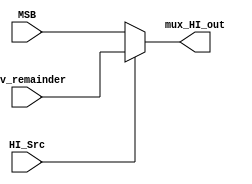
module mux_HI(
    input wire HI_Src,
    input wire [31:0] MSB, div_remainder, 
    output wire [31:0] mux_HI_out
);
    
    assign mux_HI_out =   (HI_Src == 1'b0) ?  MSB:
                          (HI_Src == 1'b1) ?  div_remainder:
                          1'bX;


endmodule